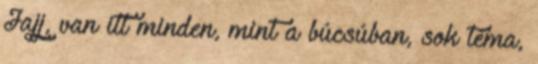
Jajj, van itt minden, mint a búcsúban, sok téma,